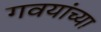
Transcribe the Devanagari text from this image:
गवयांच्या